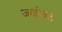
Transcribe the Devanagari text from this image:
जाईफल